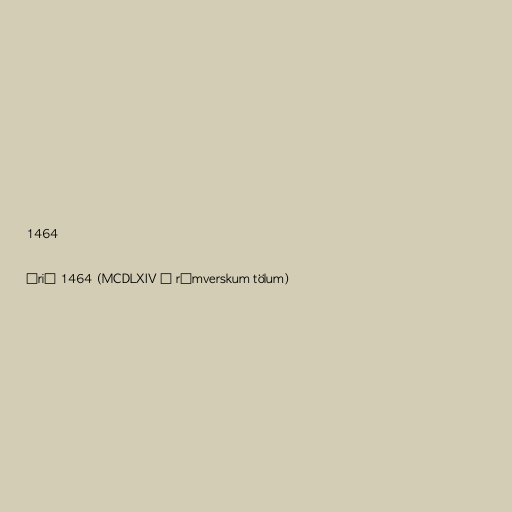
1464

Árið 1464 (MCDLXIV í rómverskum tölum)